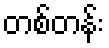
တစ်တန်း